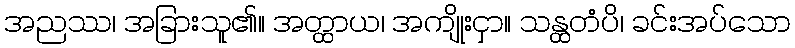
အညဿ၊ အခြားသူ၏။ အတ္ထာယ၊ အကျိုးငှာ။ သန္ထတံပိ၊ ခင်းအပ်သော